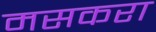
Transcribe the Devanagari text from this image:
मसकरा